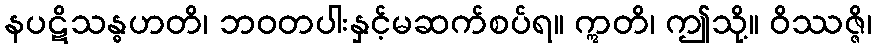
နပဋိသန္ဓဟတိ၊ ဘဝတပါးနှင့်မဆက်စပ်ရ။ ဣတိ၊ ဤသို့။ ဝိဿဇ္ဇိ၊